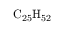
\mathrm { C _ { 2 5 } H _ { 5 2 } }